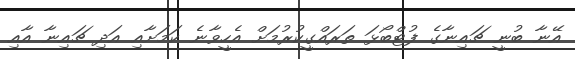
އޭނާ ބުނީ ޗައިނާގެ ފުޓްބޯޅަ ތަރައްގީކުރުމަށް އެހީވާނެ ކަމަށާއި އަދި ޗައިނާ އާއި